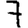
Digit: 7